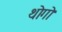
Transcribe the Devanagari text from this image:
थोगो